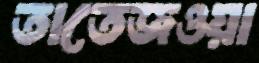
তাতেজওয়া